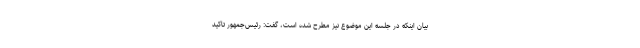
بیان اینکه در جلسه این موضوع نیز مطرح شده است، گفت: رئیس‌جمهور تاکید